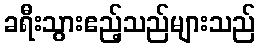
ခရီးသွားဧည့်သည်များသည်